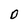
Character: O